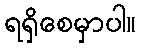
ရရှိစေမှာပါ။